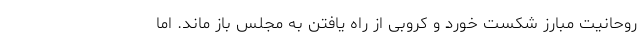
روحانیت مبارز شکست خورد و کروبی از راه یافتن به مجلس باز ماند. اما